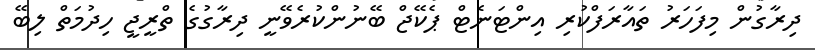
ދިރާގުން މިފަހަރު ތައާރަފްކުރި އިންޓަނެޓް ޕެކޭޖް ބޭނުންކުރެވޭނީ ދިރާގުގެ ތްރީޖީ ހިދުމަތް ލިބޭ